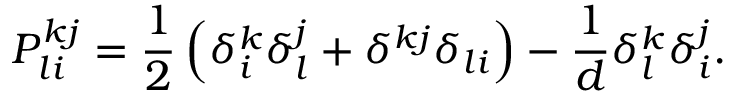
P _ { l i } ^ { k j } = \frac 1 2 \left( \delta _ { i } ^ { k } \delta _ { l } ^ { j } + \delta ^ { k j } \delta _ { l i } \right) - \frac 1 d \delta _ { l } ^ { k } \delta _ { i } ^ { j } .